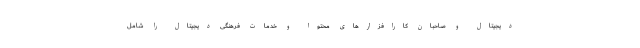
دیجیتال و صاحبان کارافزارهای محتوا و خدمات فرهنگی دیجیتال را شامل